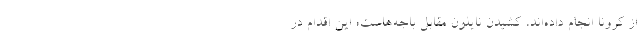
از کرونا انجام داده‌اند، کشیدن نایلون مقابل باجه‌هاست؛ این اقدام در